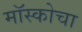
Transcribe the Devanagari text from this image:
मॉस्कोचा